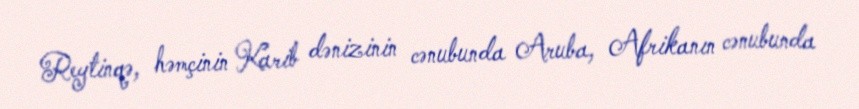
Reytinqə, həmçinin Karib dənizinin cənubunda Aruba, Afrikanın cənubunda